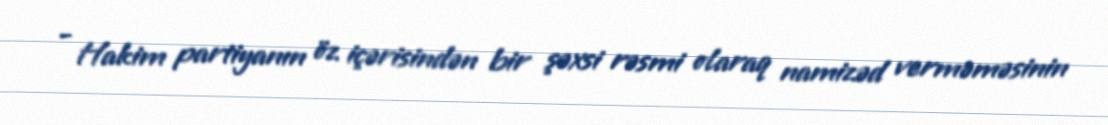
- Hakim partiyanın öz içərisindən bir şəxsi rəsmi olaraq namizəd verməməsinin